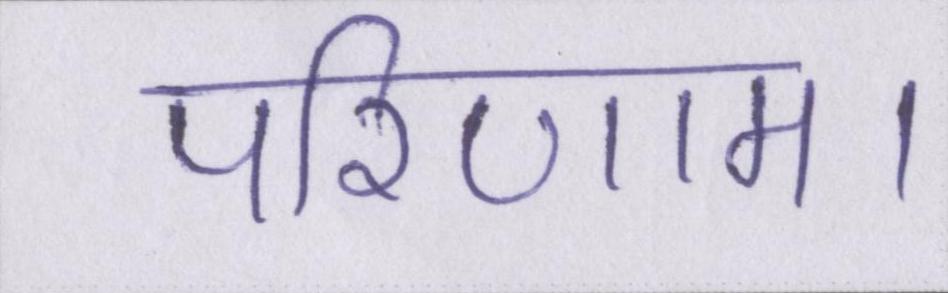
परिणाम।